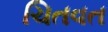
ચિતવત